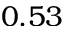
0 . 5 3